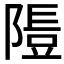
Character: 𨻯